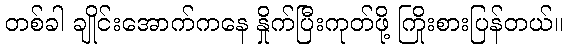
တစ်ခါ ချိုင်းအောက်ကနေ နှိုက်ပြီးကုတ်ဖို့ ကြိုးစားပြန်တယ်။